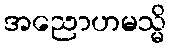
အညောဟမသ္မိ